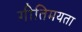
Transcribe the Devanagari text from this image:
गीतिमयता